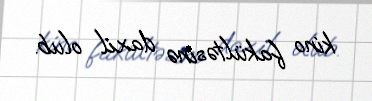
kino fakültəsinə daxil olub.